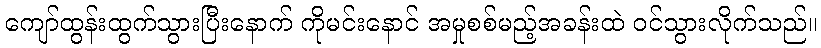
ကျော်ထွန်းထွက်သွားပြီးနောက် ကိုမင်းနောင် အမှုစစ်မည့်အခန်းထဲ ဝင်သွားလိုက်သည်။